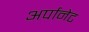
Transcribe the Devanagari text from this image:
अर्पानेट